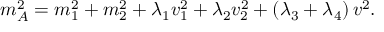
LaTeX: m _ { A } ^ { 2 } = m _ { 1 } ^ { 2 } + m _ { 2 } ^ { 2 } + \lambda _ { 1 } v _ { 1 } ^ { 2 } + \lambda _ { 2 } v _ { 2 } ^ { 2 } + \left( \lambda _ { 3 } + \lambda _ { 4 } \right) v ^ { 2 } .